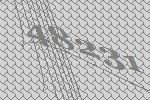
48231